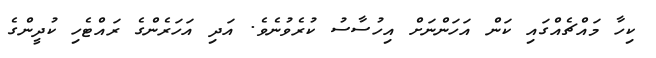
ކިހާ މައްޗެއްގައި ކަން އަހަންނަށް އިހުސާސު ކުރެވުނެވެ. އަދި އަހަރެންގެ ރައްޓެހި ކުދީންގެ